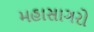
મહાસાગરો